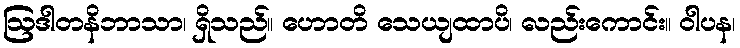
ဩဒါတနိဘာသာ၊ ရှိသည်။ ဟောတိ သေယျထာပိ၊ လည်းကောင်း။ ဝါပန၊